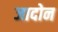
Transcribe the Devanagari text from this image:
जादोन